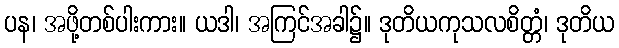
ပန၊ အဖို့တစ်ပါးကား။ ယဒါ၊ အကြင်အခါ၌။ ဒုတိယကုသလစိတ္တံ၊ ဒုတိယ